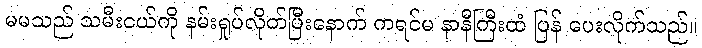
မမသည် သမီးငယ်ကို နမ်းရှုပ်လိုက်ပြီးနောက် ကရင်မ နာနီကြီးထံ ပြန် ပေးလိုက်သည်။